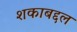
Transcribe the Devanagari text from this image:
शकाबद्दल